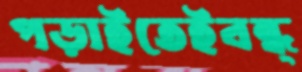
পড়াইতেইবন্ধ্